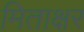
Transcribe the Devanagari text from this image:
मिताक्षर